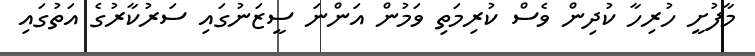
މާފުށީ ހުރިހާ ކުދިން ވެސް ކުރިމަތި ވަމުން އަންނަ ސީޒަނުގައި ސަރުކާރުގެ އަތުގައި